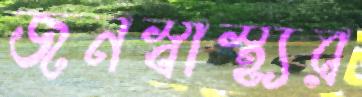
জনস্বাস্থ্যর